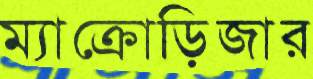
ম্যাক্রোড়িজার